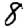
Digit: 8